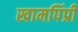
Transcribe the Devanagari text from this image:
खामपिंप्री